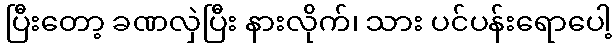
ပြီးတော့ ခဏလှဲပြီး နားလိုက်၊ သား ပင်ပန်းရောပေါ့